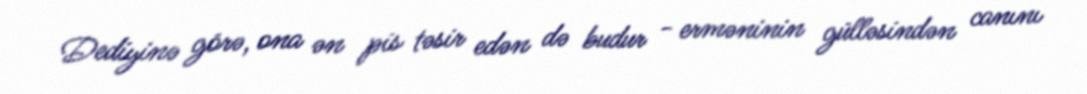
Dediyinə görə, ona ən pis təsir edən də budur - erməninin gülləsindən canını